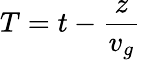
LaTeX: T=t-\frac{z}{v_{g}}